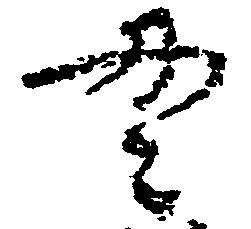
貫